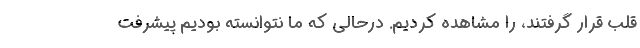
قلب قرار گرفتند، را مشاهده کردیم. درحالی که ما نتوانسته بودیم پیشرفت